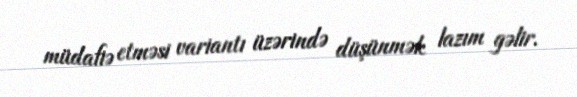
müdafiə etməsi variantı üzərində düşünmək lazım gəlir.